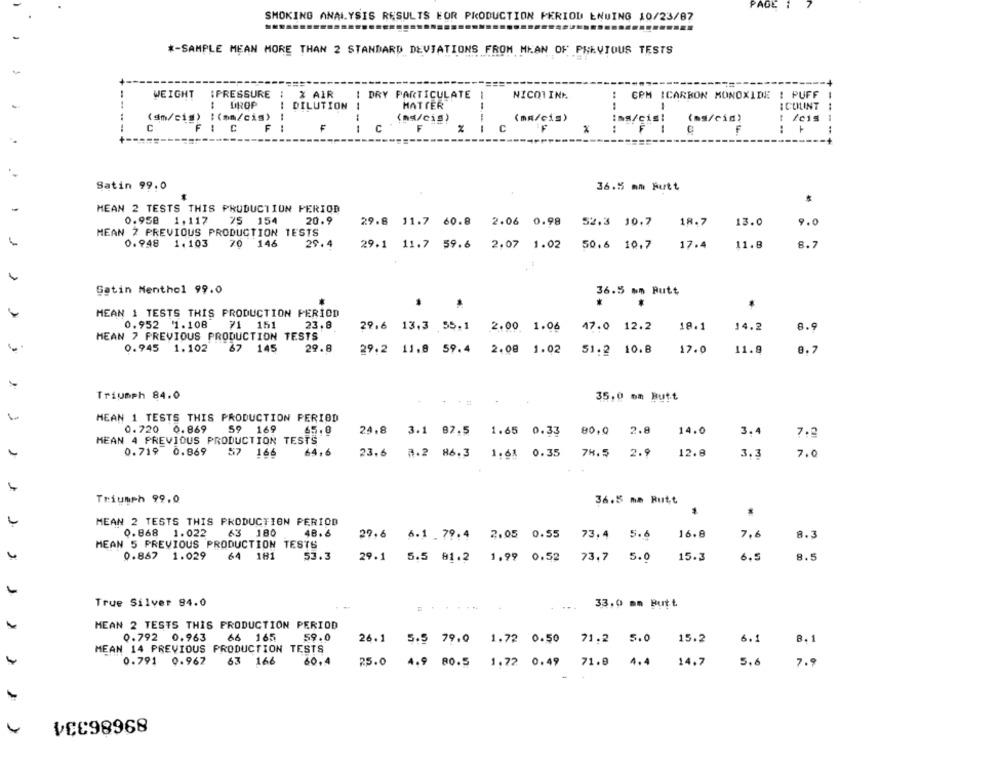
PAGE i
SMOKING ANALYSIS RESULTS FOR PRODUCTION PERIOD ENWING 10/23/87
#-SAMPLE MEAN MORE THAN 2 STANDARD DEVIATIONS FROM MEAN OF PREVIOUS TESTS
IPRESSURE
WEIGHT
X AIR
I DRY PARTICULATE
NICOTINE
CPM ICARBON MONOXIDE ! PUFF
DROP
--
DILUTION
1
HATTER
-
ICHLINT
(m/cig) :(mm/cis)
(ms/cis)
(mm/cis)
ins/cisi
(ms/cin)
: leis
FI
C
F
F
--
C
C
F
Satin 99.0
36.5 mm Futt
MEAN 2 TESTS THIS PRUDUCTION PERIOD
0.958
1.117
75
154
20.9
29.8 11.7 60.8 2.06 0.98
52.3 10.7
18.7
13.0
9.0
MEAN 2 PREVIOUS PRODUCTION TESTS
0.948 1.103
70 146
29.4
29.1 11.7 59.6 2,07 1.02
50.6 10.7
17.4
11.8
8.7
Satin Menthol 99.0
36.5 mm Butt
-
MEAN 1 TESTS THIS PRODUCTION PERIOD
0.952 1.108
71 151
23.8
29.6 13.3 55.1
2.00 1.06
47.0 12.2
18.1
14.2
8.9
MEAN 7 PREVIOUS PRODUCTION TESTS
0.945
1.102
67 145
29.8
29.2 11.8 59.4
2.08 1.02
51.2 10.8
17.0
11.9
0.7
Triumph 84.0
35.0 om Butt
MEAN 1 TESTS THIS PRODUCTION PERIOD
0.720
0.869
59
169
65.0
24.8 3.1 87.5 1.65 0.33
80,0
2.8
14.0
3.4
7.2
MEAN 4 PREVIOUS PRODUCTION TESTS
64,6
23.6
78.5
12.8
0.719 0.869 57 166
3.2 86.3 1.61 0.35
2.9
3.3
7.0
Triumph 99.0
36.5 ma Rutt
*
MEAN 2 TESTS THIS PRODUCTION PERIOD
0.868
1.022
63 180
48.6
29,6 6.1 79.4 2.05 0.55
73,4
5.6
16.8
7.6
8.3
MEAN 5 PREVIOUS PRODUCTION TESTS
0.867
1.029
64 181
53.3
29.1
5.5 81.2 1.99 0.52
73.7
5.0
15.3
6.5
8.5
True Silver 84.0
33,0 mm Putt
MEAN 2 TESTS THIS PRODUCTION PERIOD
0.792 0.963
66 165
59.0
26.1 5.5 79.0 1.72 0.50 71.2
5.0
15.2
6.1
8, 1
MEAN 14 PREVIOUS PRODUCTION TESTS
0.791 0.967
63 166
60,4
25.0
4.9 80.5 1.72 0.49
1.72 0.49
71.9
4.4
14.7
5.6
7.9
89686334